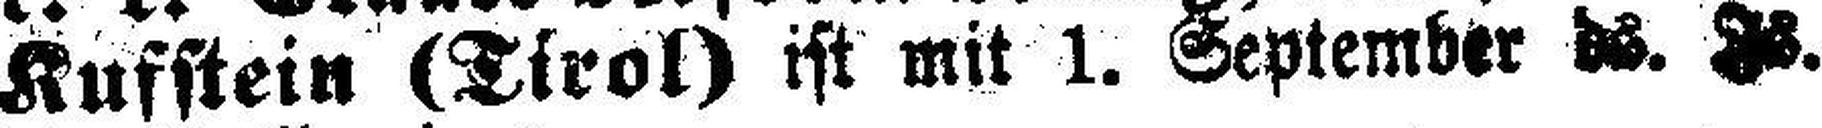
Kufstein (Tirol) ist mit 1. September ###s. ###s.